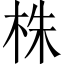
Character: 株